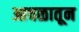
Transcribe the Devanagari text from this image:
आचळातून